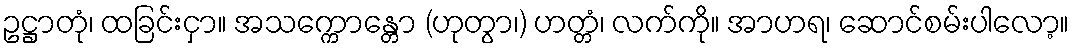
ဥဋ္ဌာတုံ၊ ထခြင်းငှာ။ အသက္ကောန္တော (ဟုတွာ၊) ဟတ္တံ၊ လက်ကို။ အာဟရ၊ ဆောင်စမ်းပါလော့။